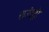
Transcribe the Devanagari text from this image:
राउंडट्री